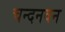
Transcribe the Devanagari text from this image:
चन्दनवन